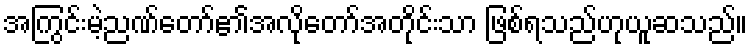
အကြွင်းမဲ့ညဏ်တော်၏အလိုတော်အတိုင်းသာ ဖြစ်ရသည်ဟုယူဆသည်။